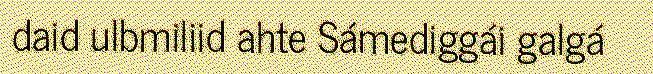
daid ulbmiliid ahte Sámediggái galgá